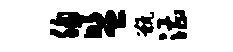
胸盟甑漕